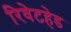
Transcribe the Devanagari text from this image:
रिवेटहेड